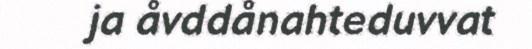
ja åvddånahteduvvat